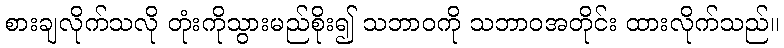
စားချလိုက်သလို တုံးကိုသွားမည်စိုး၍ သဘာဝကို သဘာဝအတိုင်း ထားလိုက်သည်။